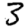
Digit: 3